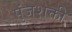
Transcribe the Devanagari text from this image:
पुंजशक्ती